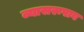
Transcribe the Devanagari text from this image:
व्यासरूपाय